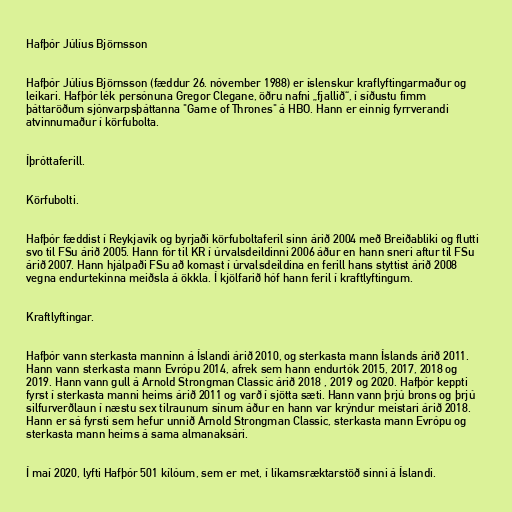
Hafþór Júlíus Björnsson

Hafþór Júlíus Björnsson (fæddur 26. nóvember 1988) er íslenskur kraflyftingarmaður og
leikari. Hafþór lék persónuna Gregor Clegane, öðru nafni „fjallið“, í síðustu fimm
þáttaröðum sjónvarpsþáttanna "Game of Thrones" á HBO. Hann er einnig fyrrverandi
atvinnumaður í körfubolta.

Íþróttaferill.

Körfubolti.

Hafþór fæddist í Reykjavík og byrjaði körfuboltaferil sinn árið 2004 með Breiðabliki og flutti
svo til FSu árið 2005. Hann fór til KR í úrvalsdeildinni 2006 áður en hann sneri aftur til FSu
árið 2007. Hann hjálpaði FSu að komast í úrvalsdeildina en ferill hans styttist árið 2008
vegna endurtekinna meiðsla á ökkla. Í kjölfarið hóf hann feril í kraftlyftingum.

Kraftlyftingar.

Hafþór vann sterkasta manninn á Íslandi árið 2010, og sterkasta mann Íslands árið 2011.
Hann vann sterkasta mann Evrópu 2014, afrek sem hann endurtók 2015, 2017, 2018 og
2019. Hann vann gull á Arnold Strongman Classic árið 2018 , 2019 og 2020. Hafþór keppti
fyrst í sterkasta manni heims árið 2011 og varð í sjötta sæti. Hann vann þrjú brons og þrjú
silfurverðlaun í næstu sex tilraunum sínum áður en hann var krýndur meistari árið 2018.
Hann er sá fyrsti sem hefur unnið Arnold Strongman Classic, sterkasta mann Evrópu og
sterkasta mann heims á sama almanaksári.

Í maí 2020, lyfti Hafþór 501 kílóum, sem er met, í líkamsræktarstöð sinni á Íslandi.